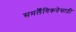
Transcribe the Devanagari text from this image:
समलैँगिकतेसाठी